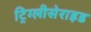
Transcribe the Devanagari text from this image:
ट्रिग्लीसेराइड